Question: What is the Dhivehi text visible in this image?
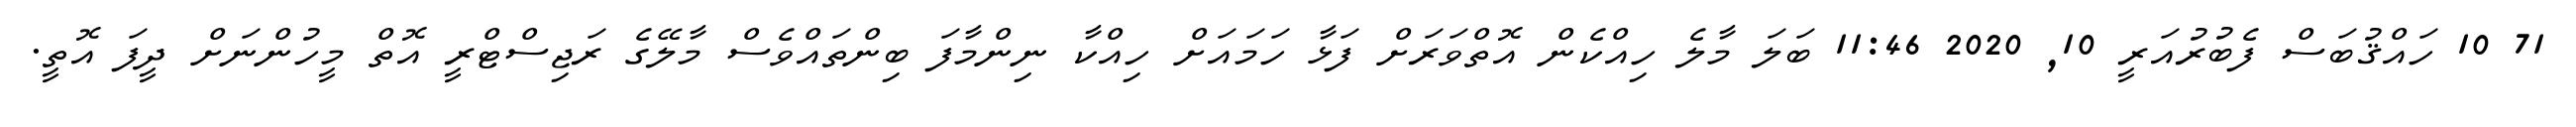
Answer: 71 10 ހައްޤުބަސް ފެބުރުއަރީ 10, 2020 11:46 ބަލަ މާލެ ހިއްކެން އޮތްވަރަށް ފަޅާ ހަމައަށް ހިއްކާ ނިންމާފަ ބިންތައްވެސް މާލޭގެ ރަޖިސްޓްރީ އޮތް މީހުންނަށް ދީފަ އޮތީ.